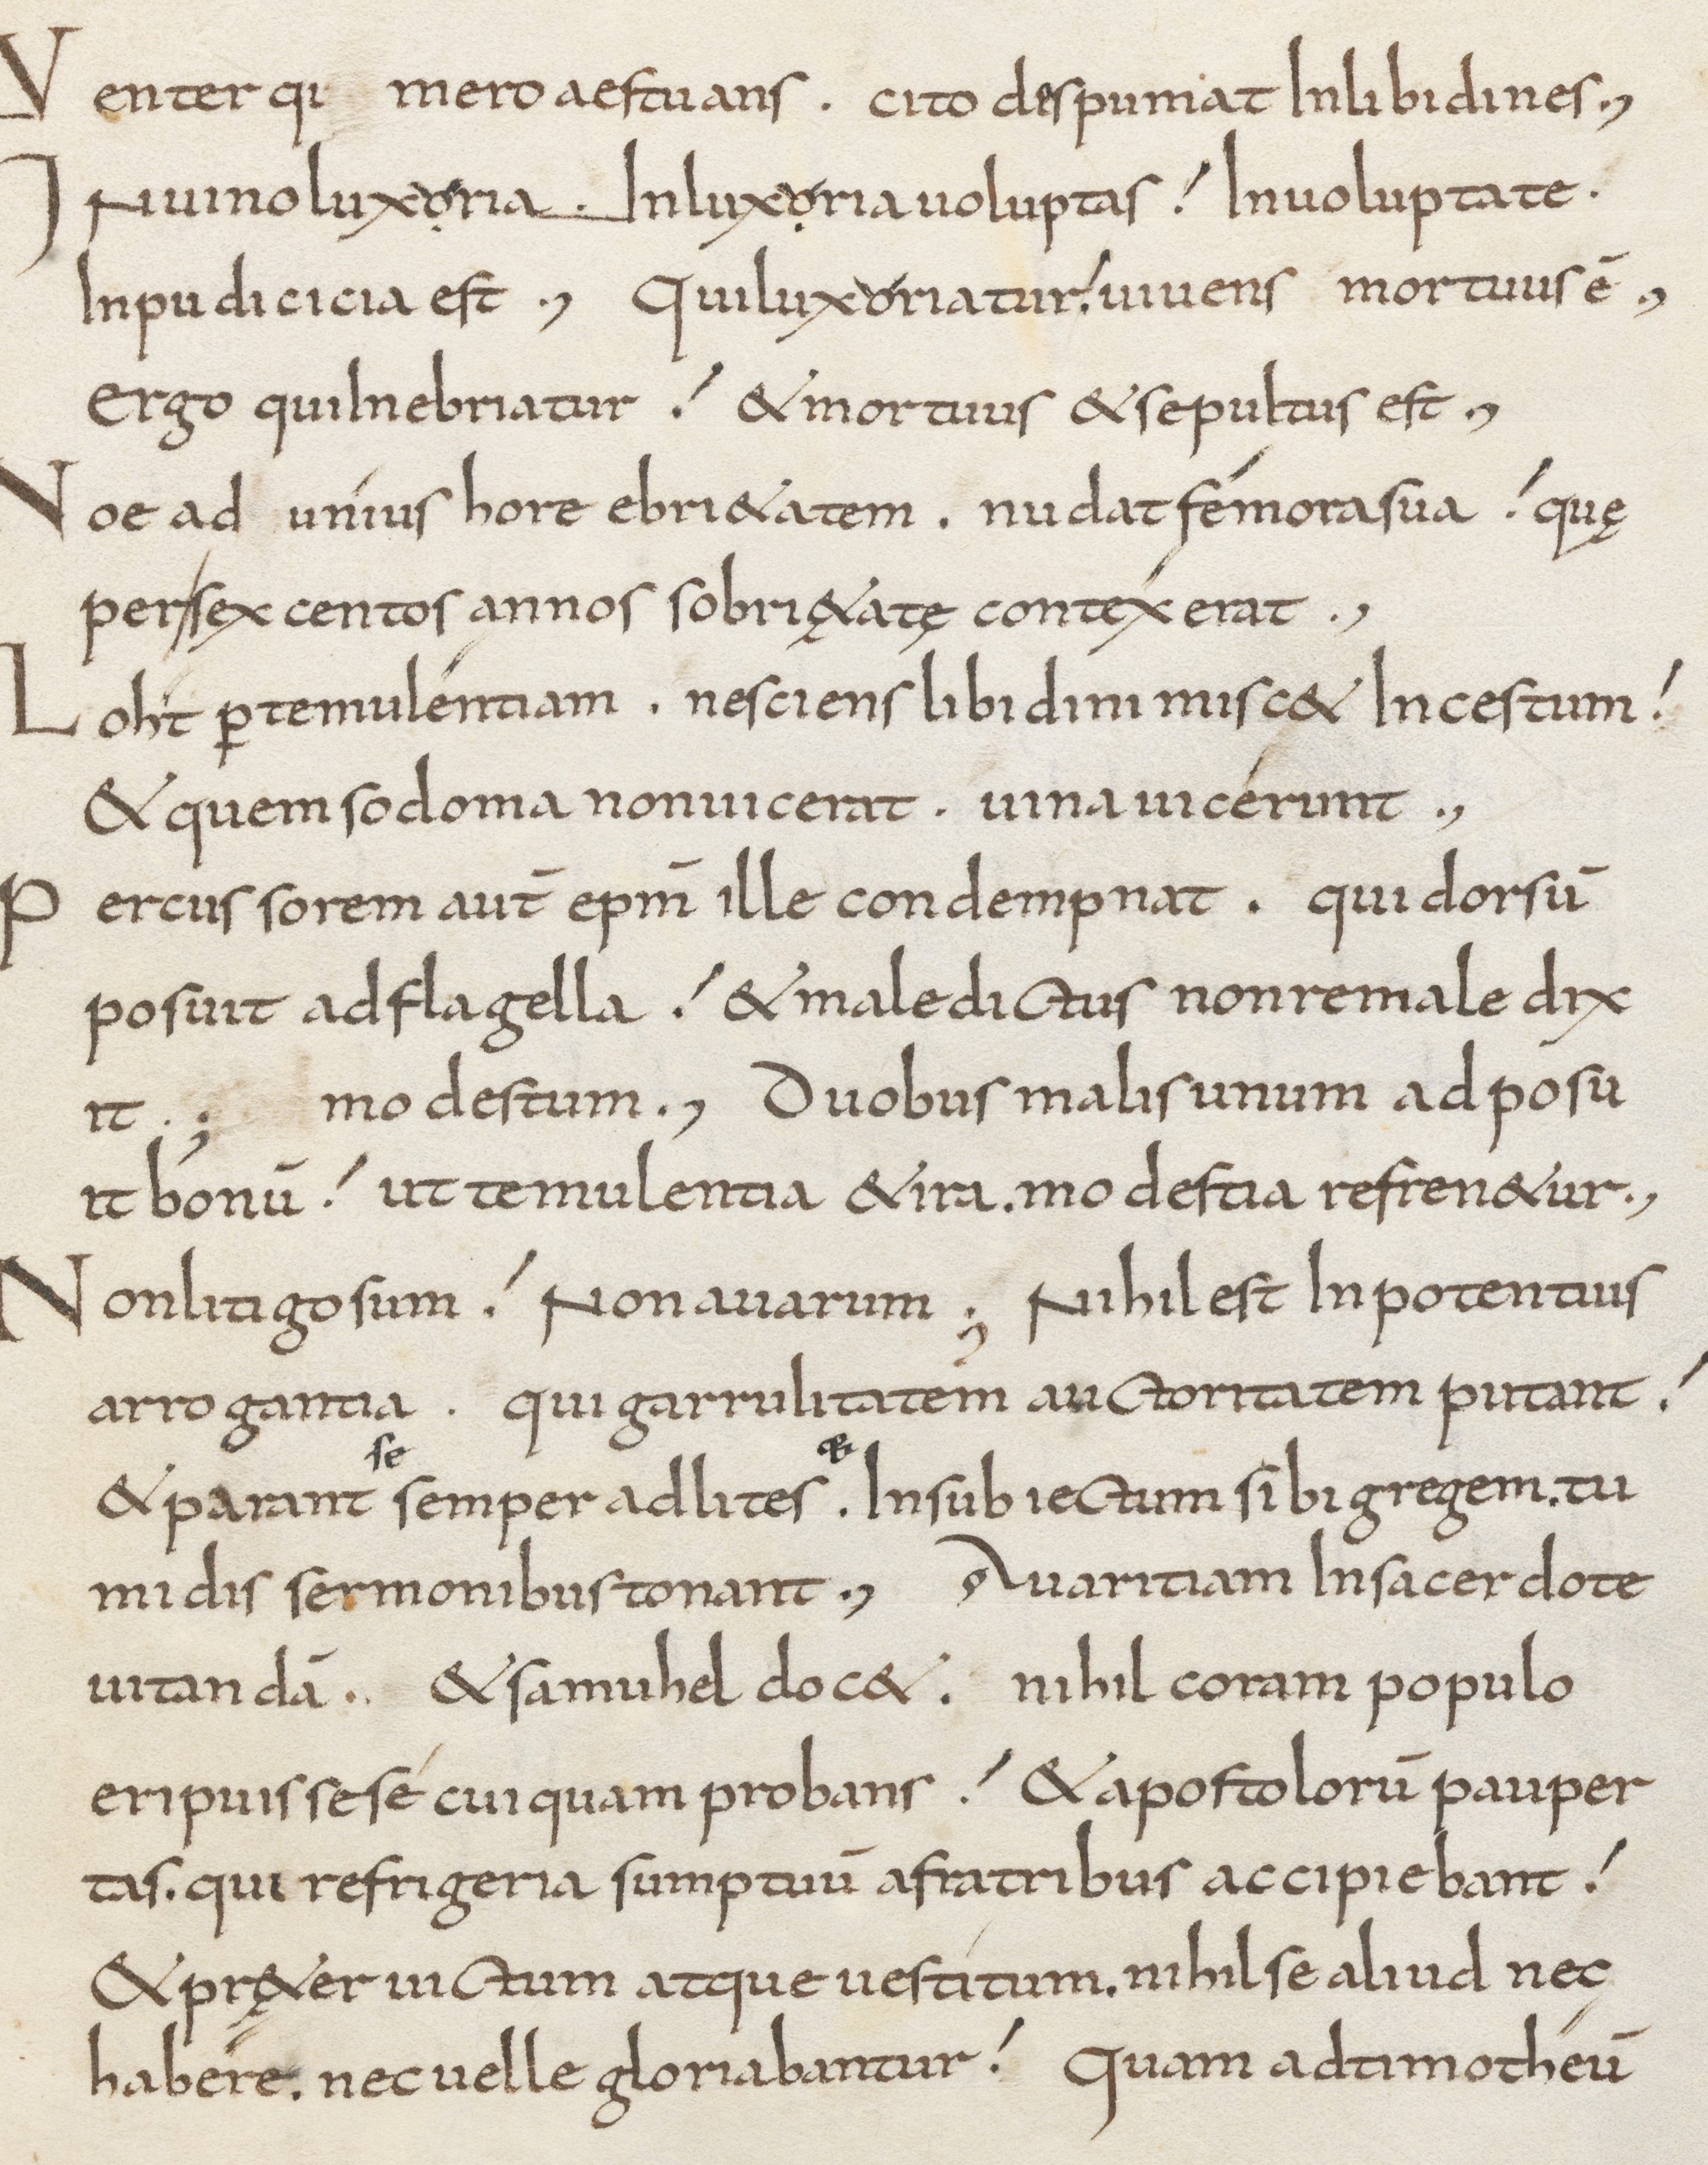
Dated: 800–849